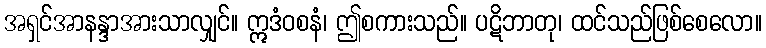
အရှင်အာနန္ဒာအားသာလျှင်။ ဣဒံဝစနံ၊ ဤစကားသည်။ ပဋိဘာတု၊ ထင်သည်ဖြစ်စေလော။